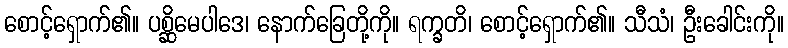
စောင့်ရှောက်၏။ ပစ္ဆိမေပါဒေ၊ နောက်ခြေတို့ကို။ ရက္ခတိ၊ စောင့်ရှောက်၏။ သီသံ၊ ဦးခေါင်းကို။